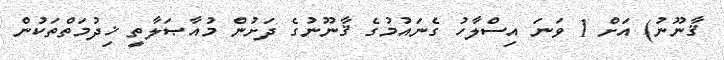
ޤާނޫނު) އަށް 1 ވަނަ އިސްލާހު ގެނައުމުގެ ޤާނޫނުގެ ދަށުން މުއާޞަލާތީ ޚިދުމަތްތަކުން